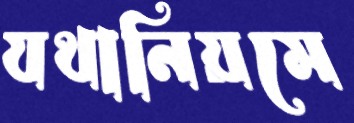
যথানিয়মে